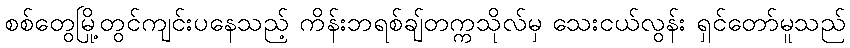
စစ်တွေမြို့တွင်ကျင်းပနေသည့် ကိန်းဘရစ်ချ်တက္ကသိုလ်မှ သေးငယ်လွန်း ရှင်တော်မူသည်